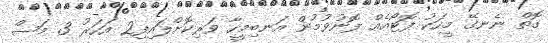
ގޮތް ނެނގޭ މީހަކު ފޮޓޯއެއް ފޮނުވުމުން އަނބިމީހާ ވަރިކޮށްލައިފި2 އަހަރު 3 މަސް